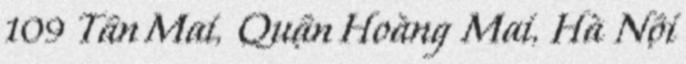
109 Tân Mai, Quận Hoàng Mai, Hà Nội